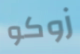
زوكو